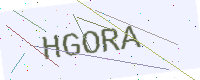
Text: HGORA